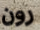
رون